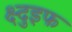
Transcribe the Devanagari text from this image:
क्ष्दुइफ